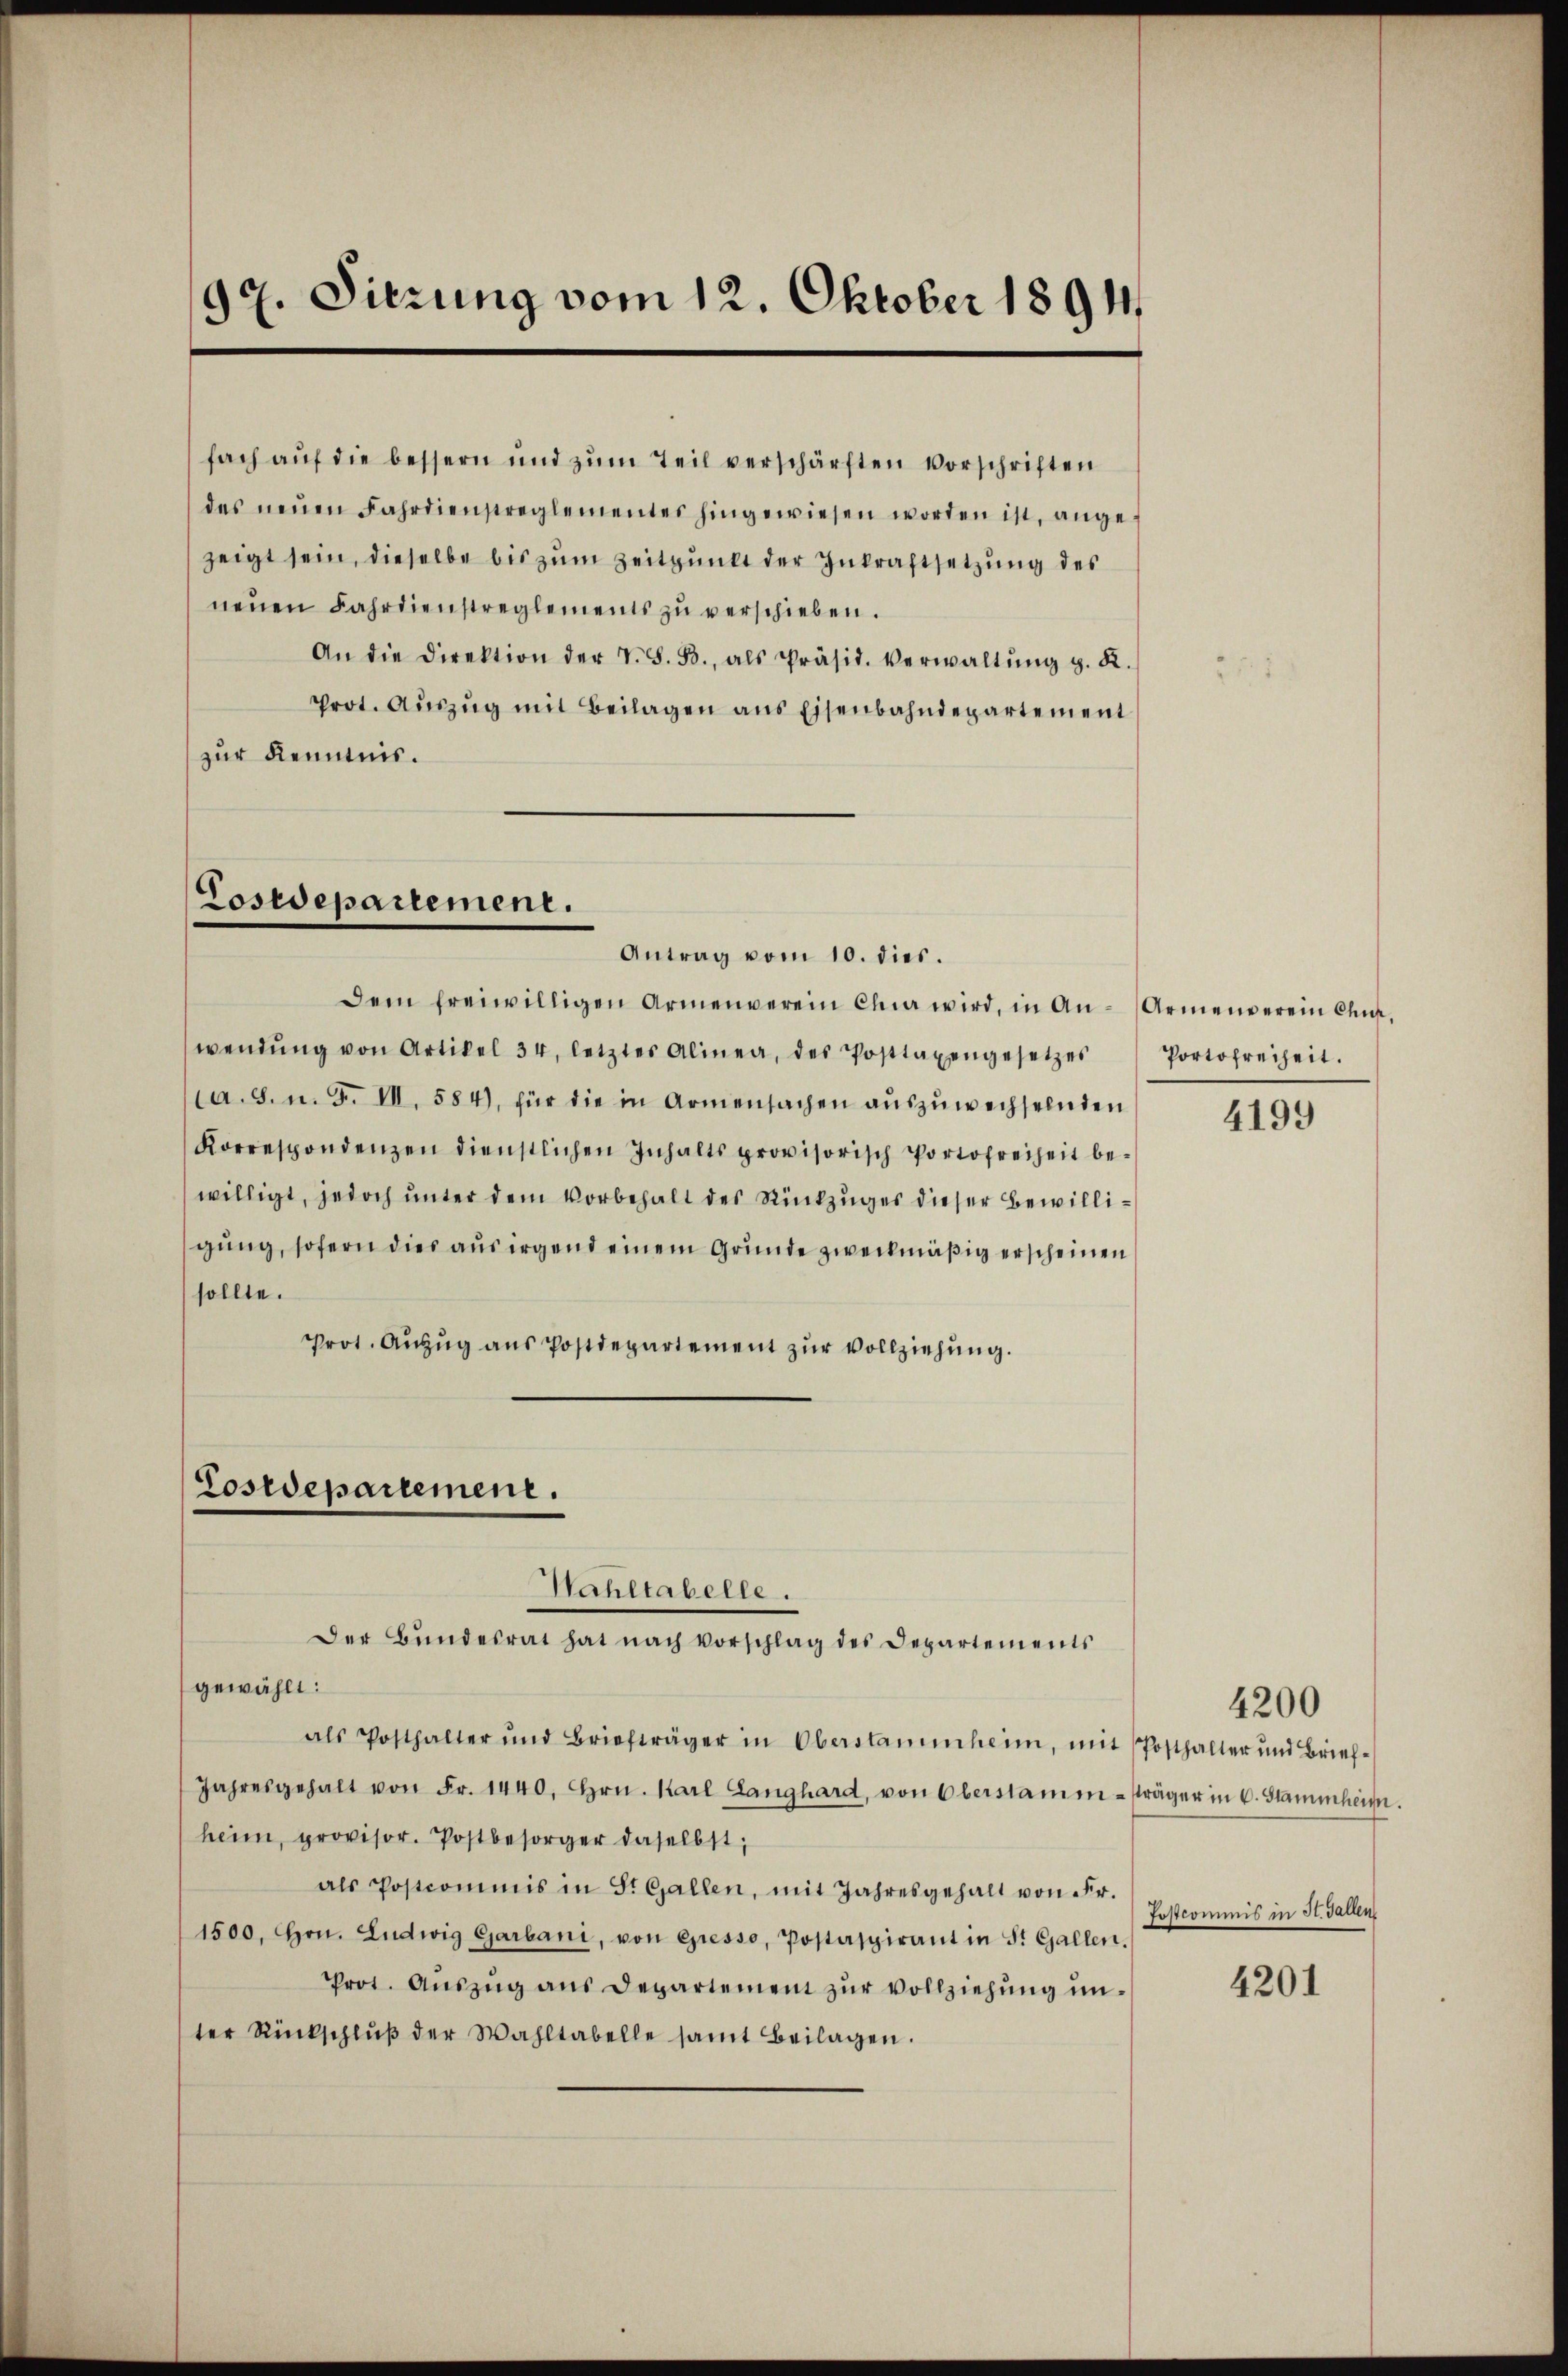
97. Sitzung vom 12. Oktober 1891

zur Kenntnis.

Cosrepartement.
Antrag vom 10. dies.

wendŭng von Artikel 34, letzter Alinea, des Posttaxengesetzes
ca. 8. u. F. VII. 584), für die in Armensachen auszuwechselnden
Korrespondenzen dienstlichen Inhalts provisorisch Portofreiheit bewilligt, jedoch unter dem Vorbehalt des Rückzuges dieser Bewilligung, sofern dies aus irgend einem Grunde zweckmäßig erscheinen
sollte.
Prot. Aŭzŭg aŭs Postdepartement zŭr Vollziehung.

fach auf die bessern und zŭm Teil verschärften Vorschriften
das neŭen Fahrdienstreglementes hingewiesen worden ist, ange-
zeigt sein, dieselbe bis zum Zeitpunkt der Inkraftsetzung des
neŭen Fahrdienstreglements zŭ verschieben.
An die Direktion der V. S. B., als Präsid. Verwaltŭng g. K.
Prot. Aŭszŭg mit Beilagen ans Eisenbahndepartement

Dem freiwilligen Armenverein Chia wird, in An-Armenverein Chur.

Tosrepartement.
Wahltabelle.
Der Bŭndesrat hat nach vorschlag des Departements

gewählt:
als Posthalter und Briefträger in Oberstammheim, mit Posthalter und Brief-
Jahresgehalt von Fr. 1440. Hrn. Karl Langhard, von Oberstamm-sträger in 6. Stammheim.
heim, provisor. Postbesorger daselbst,
als Postcommis in St. Gallen, mit Jahresgehalt von Fr.
1500. Hrn. Ludwig Garbani, von Gresso, Postaspirant in St. Gallen.
Prot. Aŭszŭg aŭs Departement zŭr Vollziehŭng ŭn-
ter Rückschlŭβ der Wahltabelle samt Beilagen.

Portofreiheit.

4199

4200
Postcommis in St. Gallen

4201